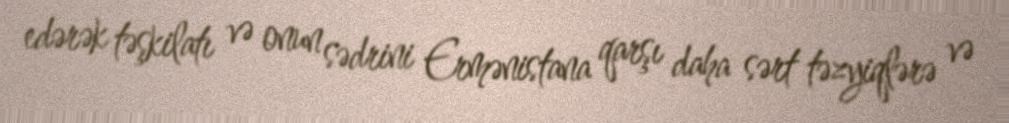
edərək təşkilatı və onun sədrini Ermənistana qarşı daha sərt təzyiqlərə və